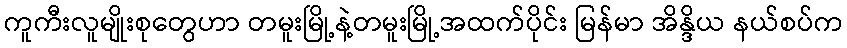
ကူကီးလူမျိုးစုတွေဟာ တမူးမြို့နဲ့တမူးမြို့အထက်ပိုင်း မြန်မာ အိန္ဒိယ နယ်စပ်က